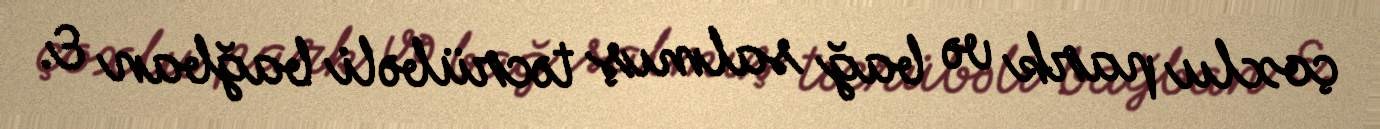
çoxlu park və bağ salmış təcrübəli bağban E.